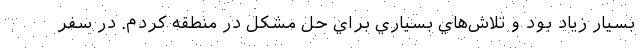
بسيار زياد بود و تلاش‌هاي بسياري براي حل مشكل در منطقه كردم. در سفر